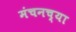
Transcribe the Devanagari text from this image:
मंचनच्या